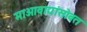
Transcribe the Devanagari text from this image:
माओवाद्यांसोबत